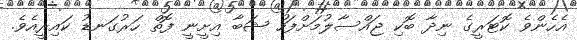
އެހެންވެ ކޮޓަރީގެ ނިދާ ބޮކި ޖައްސާލުމަށްފަހު ޝަބާ އިށީނީ ފޮތް ހަރުގަނޑު ކައިރީއެވެ.